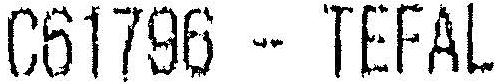
C61796 - TEFAL